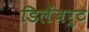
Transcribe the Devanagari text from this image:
डिलैंबर्ट